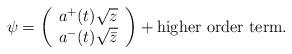
LaTeX: \begin{align*}\psi=\left(\begin{array}{c}a^+(t)\sqrt{z}\\a^-(t)\sqrt{\bar{z}}\end{array}\right)+\mbox{higher order term}.\end{align*}